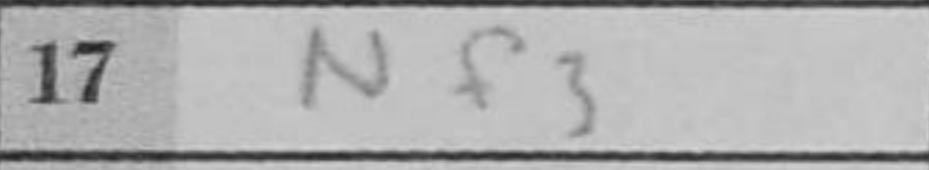
Transcription: Nf3